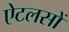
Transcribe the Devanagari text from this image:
ऐटलसों